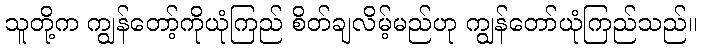
သူတို့က ကျွန်တော့်ကိုယုံကြည် စိတ်ချလိမ့်မည်ဟု ကျွန်တော်ယုံကြည်သည်။